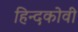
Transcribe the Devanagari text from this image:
हिन्दकोवी